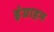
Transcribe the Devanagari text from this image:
इंग्राहम